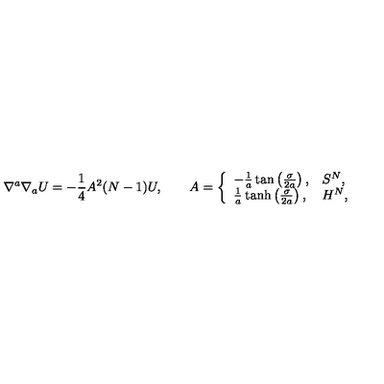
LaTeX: \nabla ^ { a } \nabla _ { a } U = - \frac { 1 } { 4 } A ^ { 2 } ( N - 1 ) U , \qquad A = \left\{ \begin{array} { l l } { - \frac { 1 } { a } \tan \left( \frac { \sigma } { 2 a } \right) , } & { S ^ { N } , } \\ { \frac { 1 } { a } \tanh \left( \frac { \sigma } { 2 a } \right) , } & { H ^ { N } , } \\ \end{array} \right.